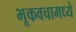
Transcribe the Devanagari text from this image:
भूकवचामध्ये